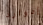
إدوارد